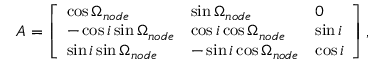
A = \left[ \begin{array} { l l l } { \cos \Omega _ { n o d e } } & { \sin \Omega _ { n o d e } } & { 0 } \\ { - \cos i \sin \Omega _ { n o d e } } & { \cos i \cos \Omega _ { n o d e } } & { \sin i } \\ { \sin i \sin \Omega _ { n o d e } } & { - \sin i \cos \Omega _ { n o d e } } & { \cos i } \end{array} \right] ,